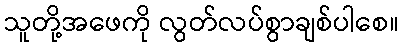
သူတို့အဖေကို လွတ်လပ်စွာချစ်ပါစေ။